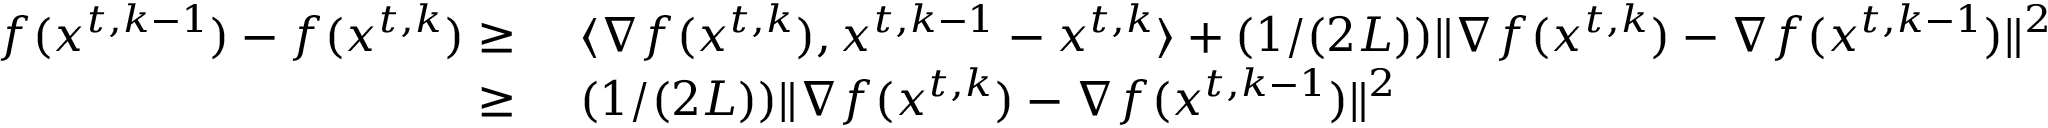
\begin{array} { r l } { f ( { x } ^ { t , k - 1 } ) - f ( { x } ^ { t , k } ) \ge \ } & { \langle \nabla f ( { x } ^ { t , k } ) , { x } ^ { t , k - 1 } - { x } ^ { t , k } \rangle + ( 1 / ( 2 L ) ) \| \nabla f ( { x } ^ { t , k } ) - \nabla f ( { x } ^ { t , k - 1 } ) \| ^ { 2 } } \\ { \ge \ } & { ( 1 / ( 2 L ) ) \| \nabla f ( { x } ^ { t , k } ) - \nabla f ( { x } ^ { t , k - 1 } ) \| ^ { 2 } } \end{array}